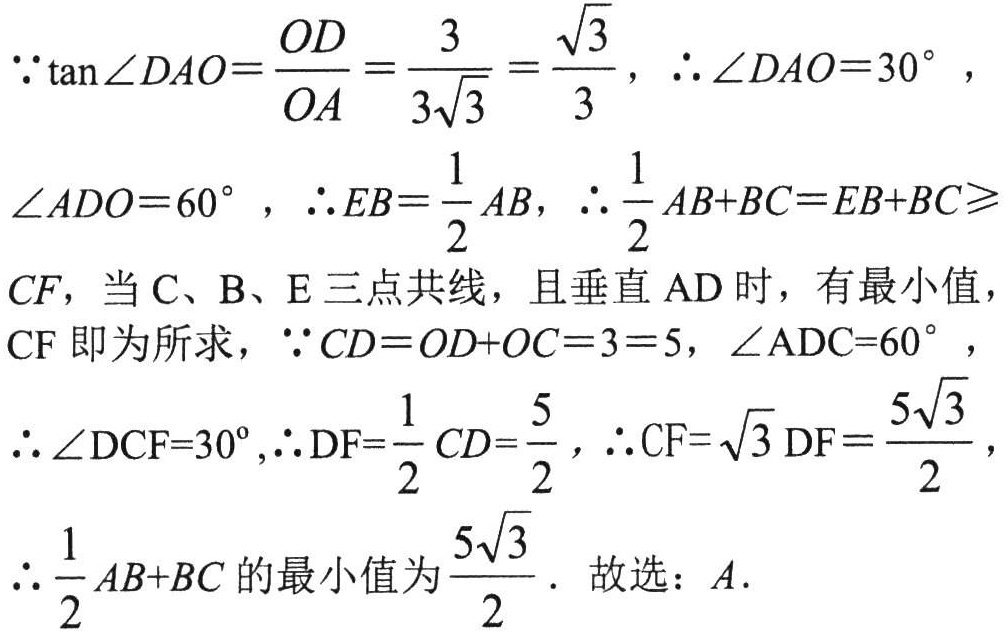
\(\because\tan\angle DAO = \frac{OD}{OA}=\frac{3}{3\sqrt{3}}=\frac{\sqrt{3}}{3}\)，\(\therefore\angle DAO = 30^{\circ}\)，
\(\angle ADO = 60^{\circ}\)，\(\therefore EB=\frac{1}{2}AB\)，\(\therefore\frac{1}{2}AB + BC=EB + BC\geqslant\)
\(CF\)，当\(C\)、\(B\)、\(E\)三点共线，且垂直\(AD\)时，有最小值，
\(CF\)即为所求，\(\because CD = OD + OC = 3 = 5\)，\(\angle ADC = 60^{\circ}\)，
\(\therefore\angle DCF = 30^{\circ}\)，\(\therefore DF=\frac{1}{2}CD=\frac{5}{2}\)，\(\therefore CF=\sqrt{3}DF=\frac{5\sqrt{3}}{2}\)，
\(\therefore\frac{1}{2}AB + BC\)的最小值为\(\frac{5\sqrt{3}}{2}\)．故选：\(A\)．